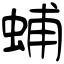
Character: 蜅